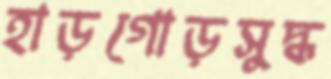
হাড়গোড়সুদ্ধ